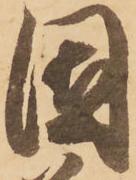
因